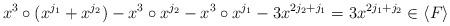
LaTeX: \begin{align*} \begin{aligned} x^3 \circ (x^{j_1} +x^{j_2}) - x^3 \circ x^{j_2} -x^3 \circ x^{j_1} -3 x^{2j_2+j_1} = 3x^{2j_1+j_2} \in \langle F \rangle \end{aligned} \end{align*}